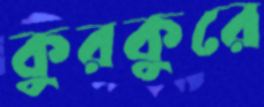
কুরকুরে